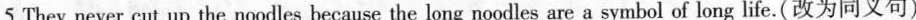
5.They never cut up the noodles because the long noodles are a symbol of long life.(改为同义句)